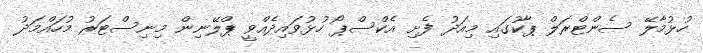
ހުޅުމާލޭ ސެންޓްރަލް ޕާކުގައި މިއަދު ފެށި އެކްސްޕޯ ހުޅުވައިދެއްވީ ޕްލޭނިން މިނިސްޓަރު މުހައްމަދު